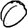
Digit: 0